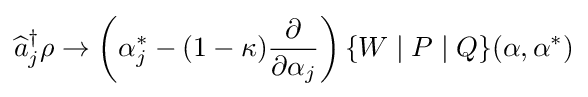
{\widehat {a}}_{j}^{\dagger }\rho \rightarrow \left(\alpha _{j}^{*}-(1-\kappa ){\frac {\partial }{\partial \alpha _{j}}}\right)\{W\mid P\mid Q\}(\mathbf {\alpha } ,\mathbf {\alpha } ^{*})